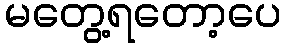
မတွေ့ရတော့ပေ